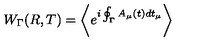
W _ { \Gamma } ( R , T ) = \left\langle e ^ { i \oint _ { \Gamma } A _ { \mu } ( t ) d t _ { \mu } } \right\rangle